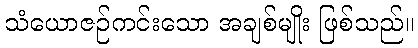
သံယောဇဉ်ကင်းသော အချစ်မျိုး ဖြစ်သည်။